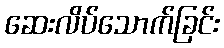
ဆေးလိပ်သောက်ခြင်း